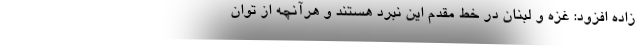
زاده افزود: غزه و لبنان در خط مقدم این نبرد هستند و هرآنچه از توان